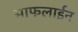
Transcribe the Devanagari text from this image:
आफलाईन